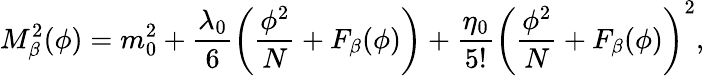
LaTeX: M_{\beta}^{2}(\phi)=m_{0}^{2}+\frac{\lambda_{0}}{6}\left(\frac{\phi^{2}}{N}+F_{\beta}(\phi)\right)+\frac{\eta_{0}}{5!}\left(\frac{\phi^{2}}{N}+F_{\beta}(\phi)\right)^{2},